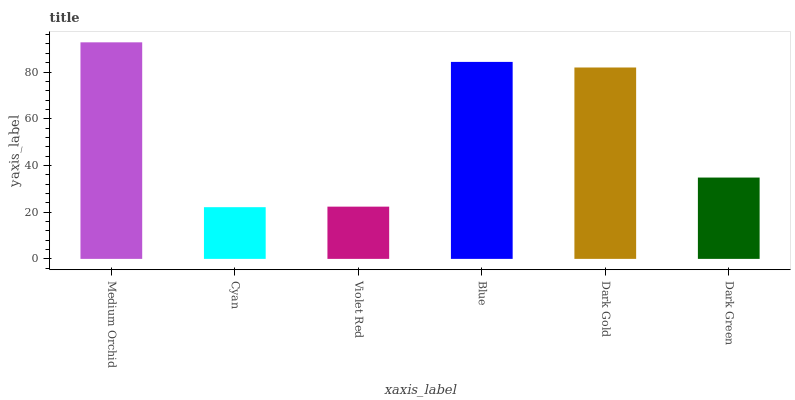
| xaxis_label | bars |
 | --- | --- |
 | Medium Orchid | 92.7 |
 | Cyan | 22.1 |
 | Violet Red | 22.4 |
 | Blue | 84.3 |
 | Dark Gold | 81.9 |
 | Dark Green | 34.8 |